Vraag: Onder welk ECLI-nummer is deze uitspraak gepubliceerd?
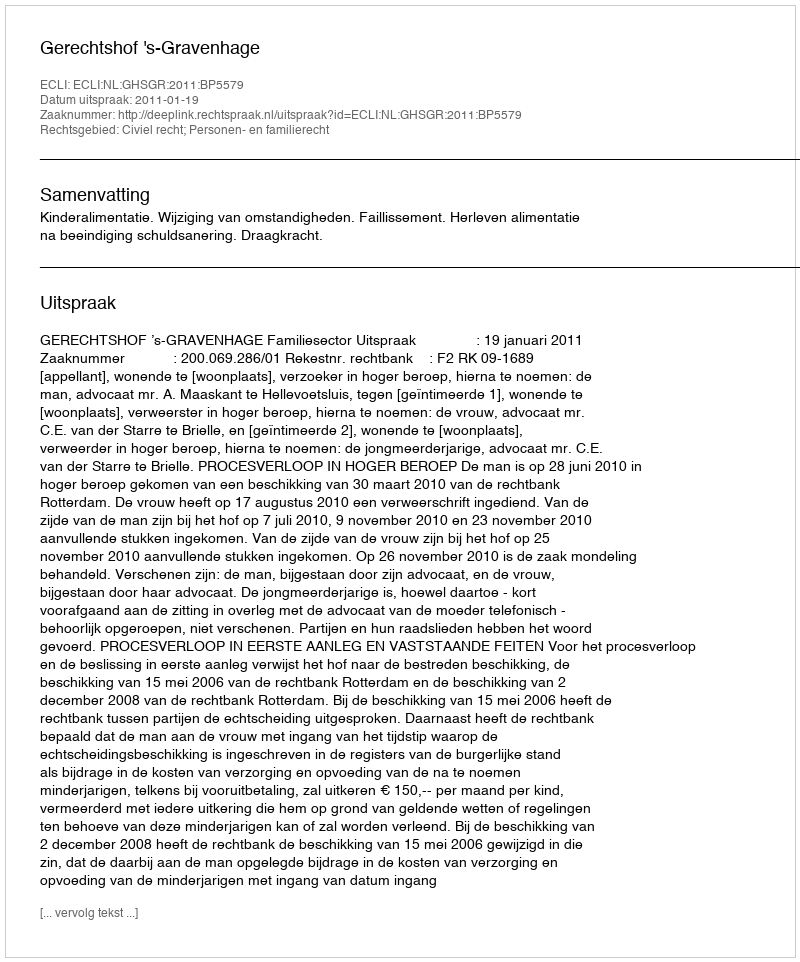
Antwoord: ECLI:NL:GHSGR:2011:BP5579